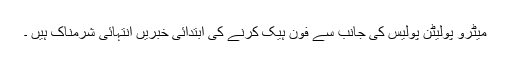
میٹرو پولیٹن پولیس کی جانب سے فون ہیک کرنے کی ابتدائی خبریں انتہائی شرمناک ہیں ۔